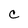
Character: c